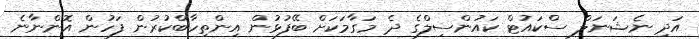
އަދި ނެޝަނަލް ސްކައުޓް ކައުންސިލްގެ ދެ މަގާމަކަށް ބޭފުޅުން އިންތިހާބްކުރުން ފަހުން އޮންނާނެ